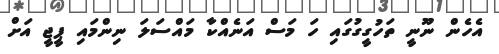
އެހެން ނޫނީ ތަހުގީގުގައި ހަ މަސް އަނެއްކާ މައްސަލަ ނިންމައި ޕީޖީ އަށް